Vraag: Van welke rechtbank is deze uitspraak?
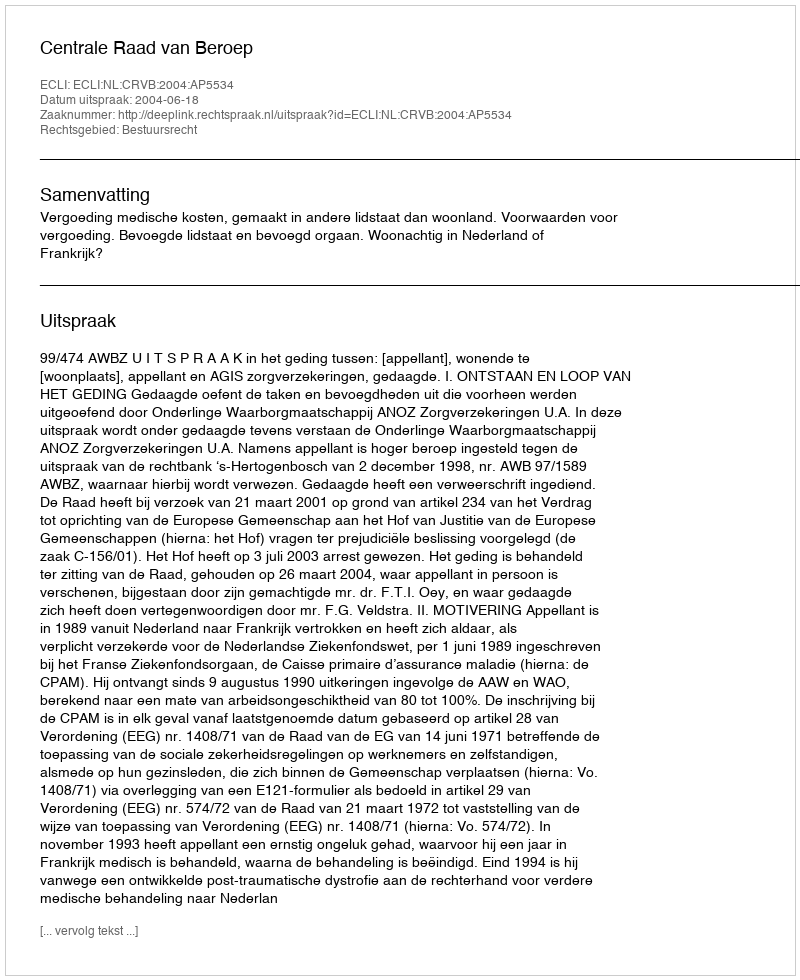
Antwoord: Centrale Raad van Beroep